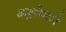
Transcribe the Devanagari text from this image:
आयुर्वेदावरचे